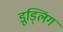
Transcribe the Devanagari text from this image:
डूड्लिंग